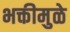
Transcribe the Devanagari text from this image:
भक्तीमुळे